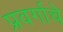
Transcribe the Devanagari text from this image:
प्रवर्गाचे